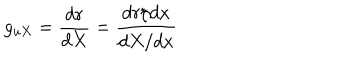
g _ { u X } = \frac { d r } { d X } = \frac { d r / d x } { d X / d x }